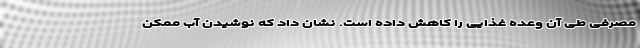
مصرفی طی آن وعده غذایی را کاهش داده است. نشان داد که نوشیدن آب ممکن